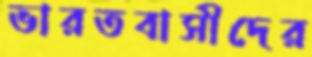
ভারতবাসীদের